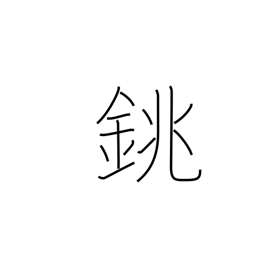
Meaning: sake bottle